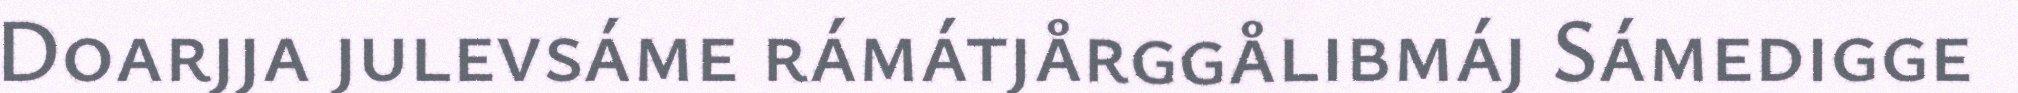
Doarjja julevsáme rámátjårggålibmáj Sámedigge